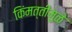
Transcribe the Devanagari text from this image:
किंमत्तीमुळे